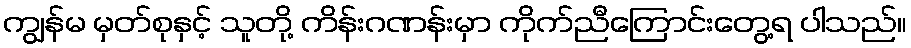
ကျွန်မ မှတ်စုနှင့် သူတို့ ကိန်းဂဏန်းမှာ ကိုက်ညီကြောင်းတွေ့ရ ပါသည်။